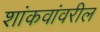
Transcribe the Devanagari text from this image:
शांकवांवरील